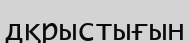
дқрыстығын